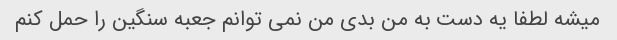
میشه لطفا یه دست به من بدی من نمی توانم جعبه سنگین را حمل کنم